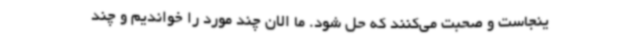
ینجاست و صحبت می‌کنند که حل شود. ما الان چند مورد را خواندیم و چند